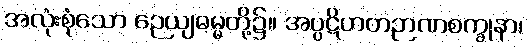
အလုံးစုံသော ဉေယျဓမ္မတို့၌။ အပ္ပဋိဟတဉာဏစက္ခုနာ၊